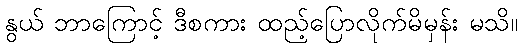
နွယ် ဘာကြောင့် ဒီစကား ထည့်ပြောလိုက်မိမှန်း မသိ။